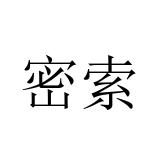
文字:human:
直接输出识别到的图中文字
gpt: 密索